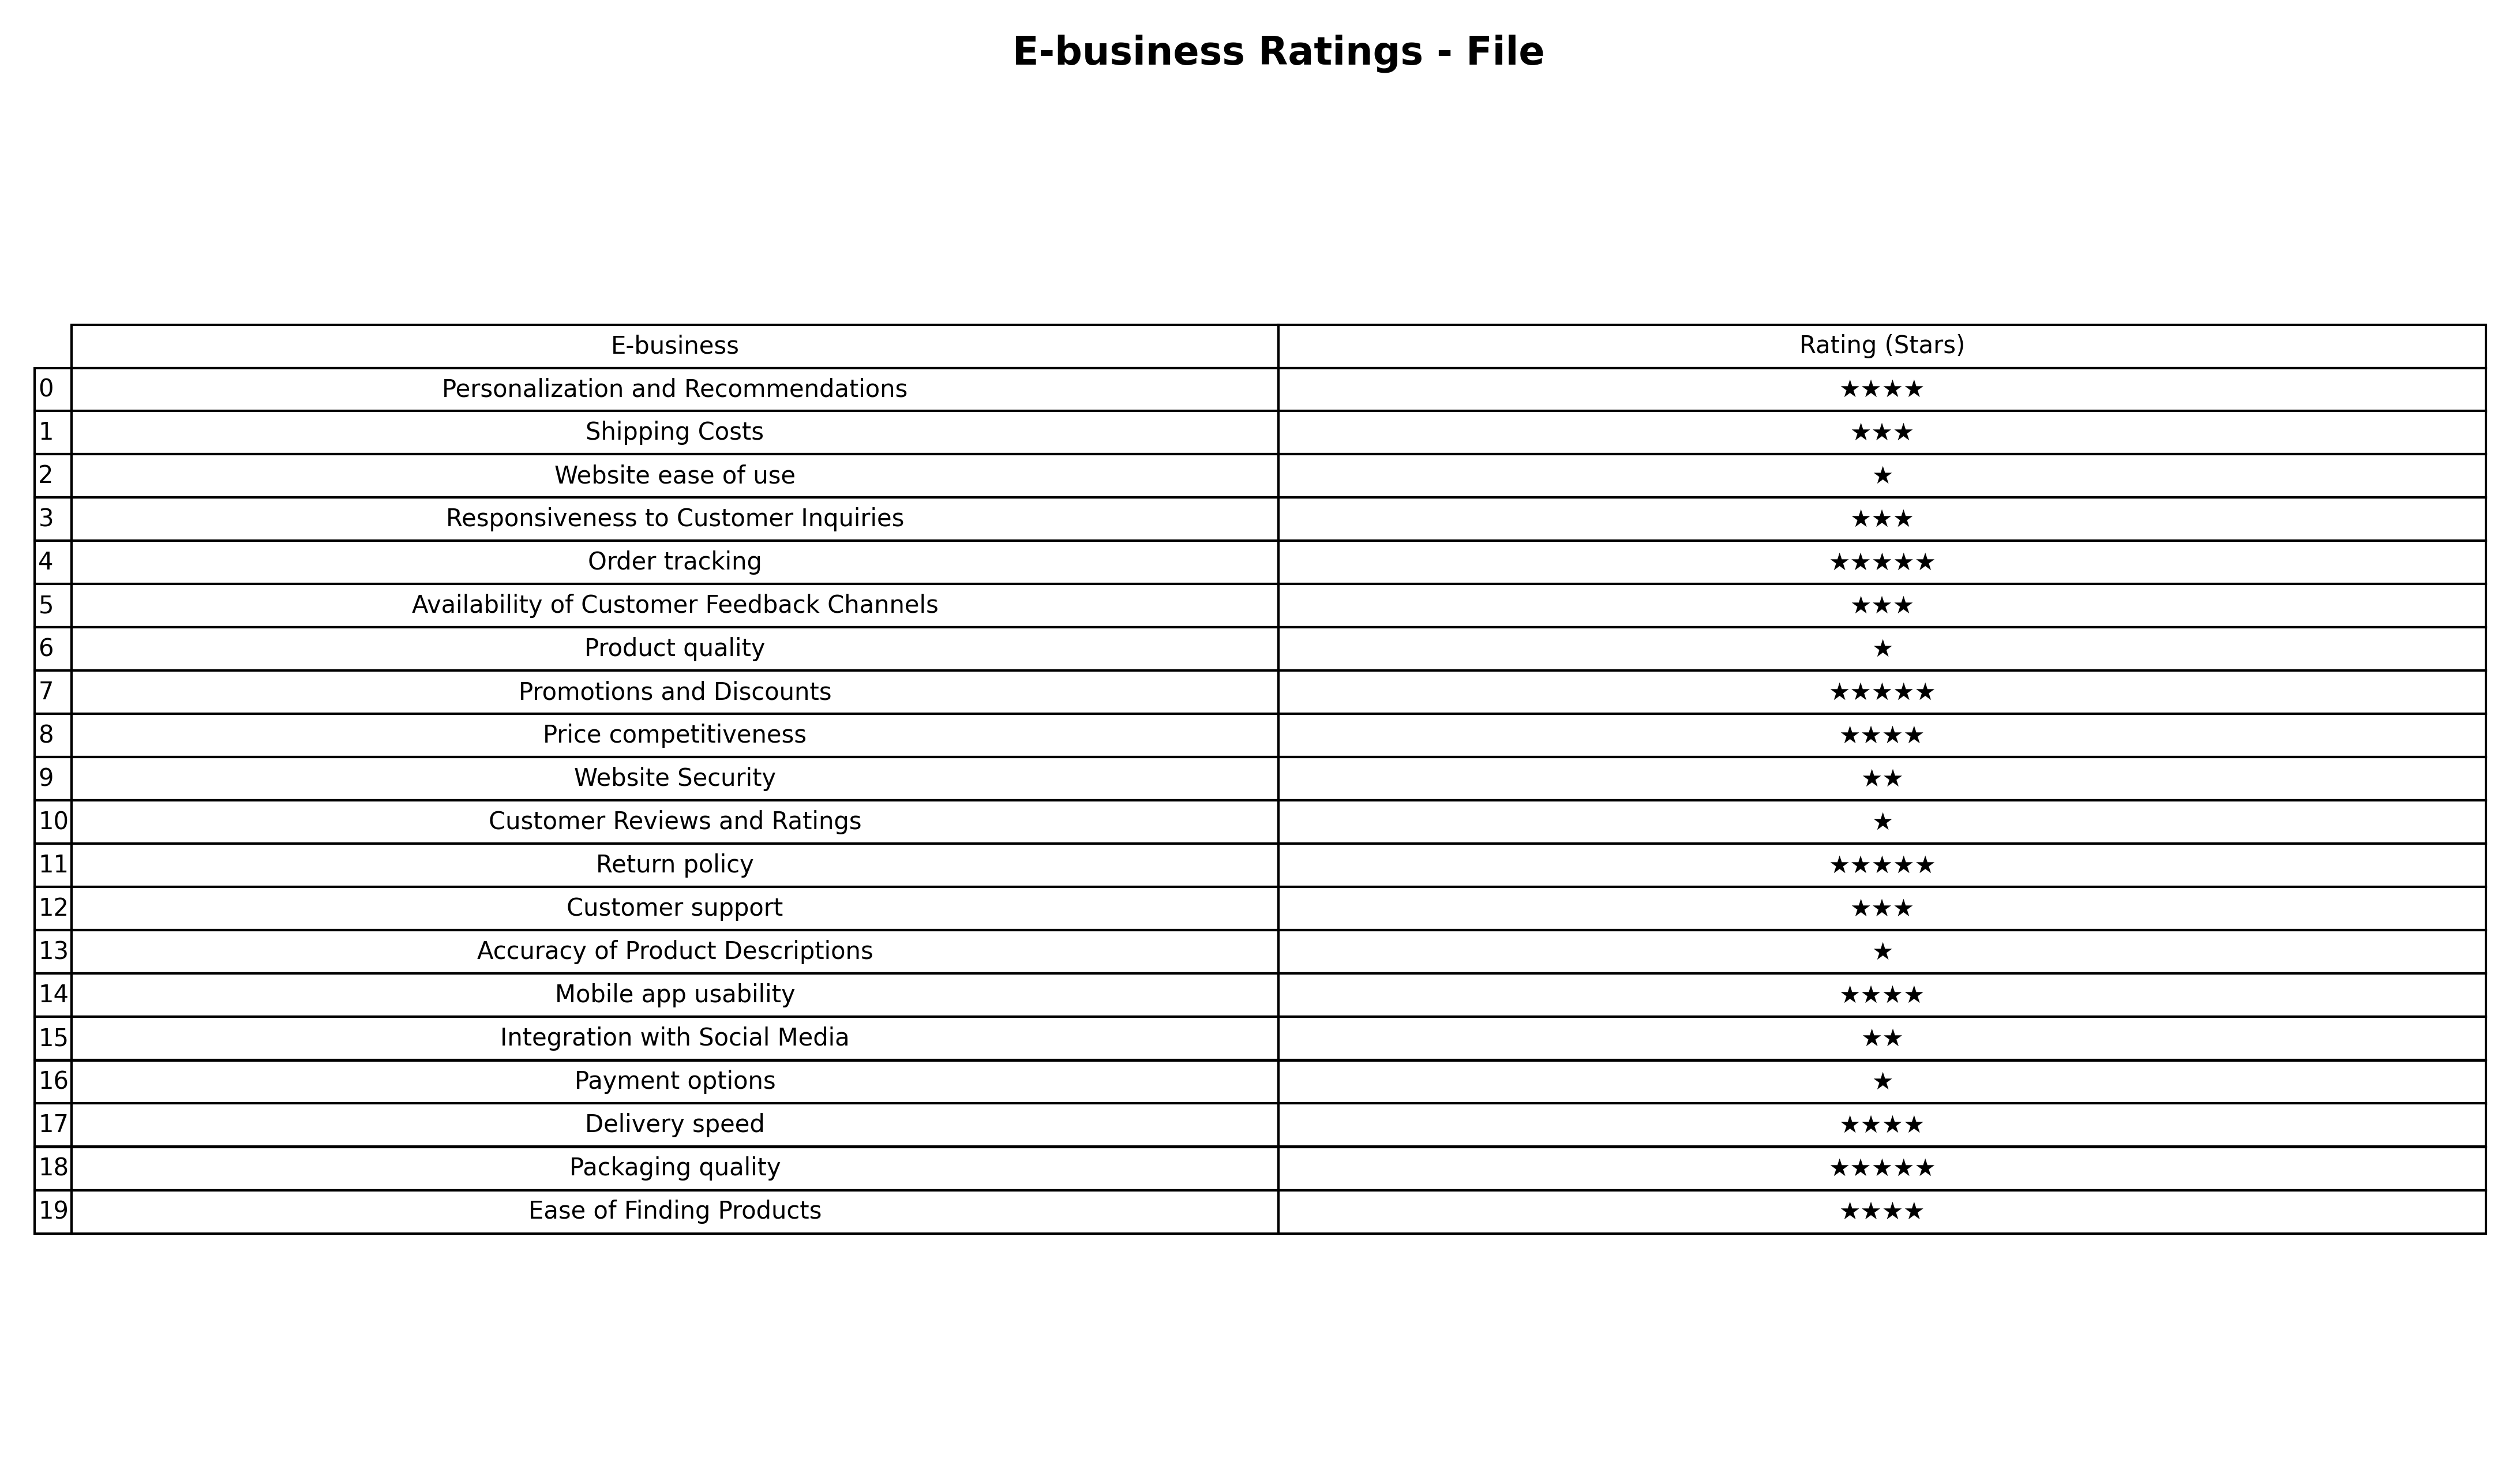
question: What is the rating of Ease of Finding Products?
answer: ★★★★